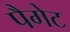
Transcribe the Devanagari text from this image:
पैगेट